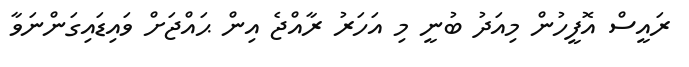
ރައީސް އޮފީހުން މިއަދު ބުނީ މި އަހަރު ރާއްޖެ އިން ޙައްޖަށް ވައިޑައިގަންނަވާ